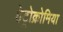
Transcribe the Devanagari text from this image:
हेट्रोक्रोमिया